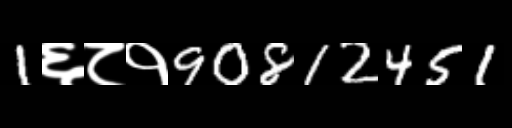
Text: 1६८१90812451